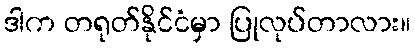
ဒါက တရုတ်နိုင်ငံမှာ ပြုလုပ်တာလား။